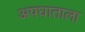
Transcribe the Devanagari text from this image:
अपघाताला